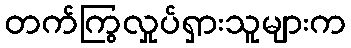
တက်ကြွလှုပ်ရှားသူများက